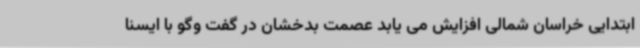
ابتدایی خراسان شمالی افزایش می یابد عصمت بدخشان در گفت وگو با ایسنا